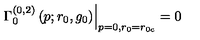
\left. \Gamma _ { 0 } ^ { ( 0 , 2 ) } \left( p ; r _ { 0 } , g _ { 0 } \right) \right| _ { p = 0 , r _ { 0 } = r _ { 0 { c } } } = 0